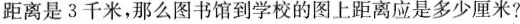
距离是3千米，那么图书馆到学校的图上距离应是多少厘米?